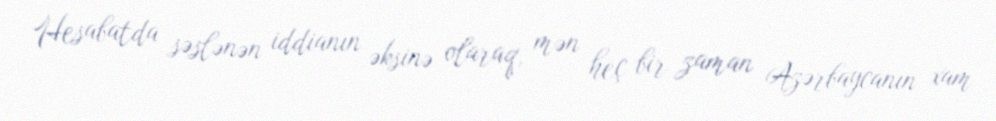
Hesabatda səslənən iddianın əksinə olaraq, mən heç bir zaman Azərbaycanın xam